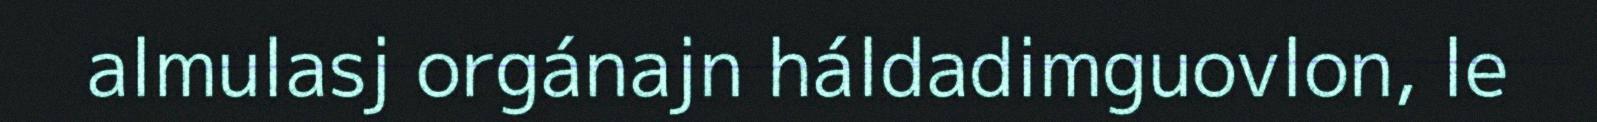
almulasj orgánajn háldadimguovlon, le